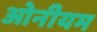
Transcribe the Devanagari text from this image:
ओनीयम